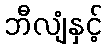
ဘီလျံနှင့်